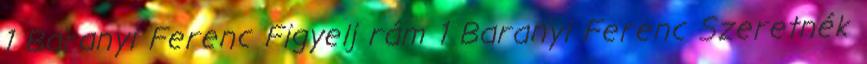
1 Baranyi Ferenc Figyelj rám 1 Baranyi Ferenc Szeretnék